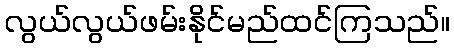
လွယ်လွယ်ဖမ်းနိုင်မည်ထင်ကြသည်။